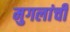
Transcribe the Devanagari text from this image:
मुगलांची